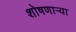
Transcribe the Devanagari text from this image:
शोषणाऱ्या